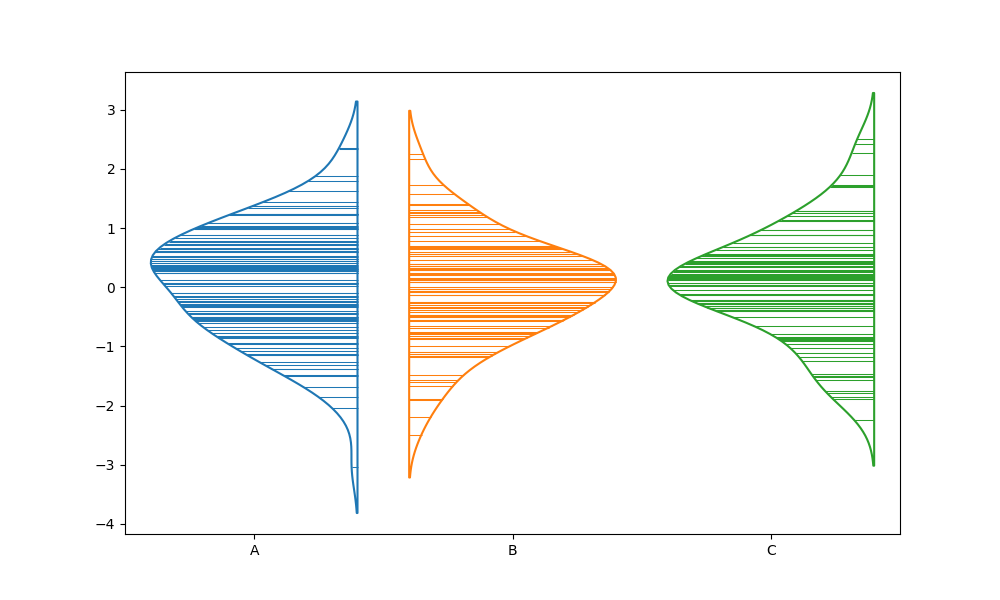
python, seaborn, violinplot, scale='area', split='True', inner='stick', fill='False'